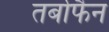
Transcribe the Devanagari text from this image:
तर्बोफैन